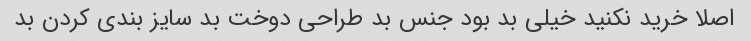
اصلا خرید نکنید خیلی بد بود جنس بد طراحی دوخت بد سایز بندی کردن بد